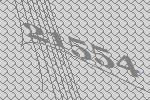
21554